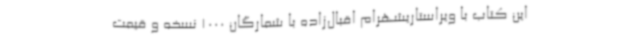
این کتاب با ویراستاریشهرام اقبال‌زاده با شمارگان 1000 نسخه و قیمت